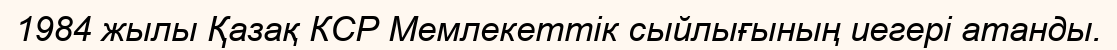
1984 жылы Қазақ КСР Мемлекеттік сыйлығының иегері атанды.